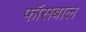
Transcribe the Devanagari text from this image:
फॉसबाल